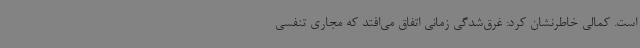
است. کمالی خاطرنشان کرد: غرق‌شدگی زمانی اتفاق می‌افتد که مجاری تنفسی